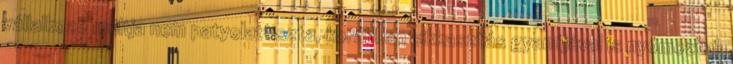
vállalkozó múltja nem patyolattiszta, korábban sikkasztás gyanújával is nyomoztak